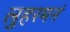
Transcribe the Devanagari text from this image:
लुहरमनं